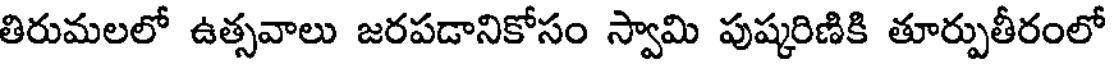
తిరుమలలో ఉత్సవాలు జరపడానికోసం స్వామి పుష్కరిణికి తూర్పుతీరంలో